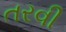
તરવી